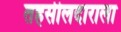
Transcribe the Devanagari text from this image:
तहसीलदाराला